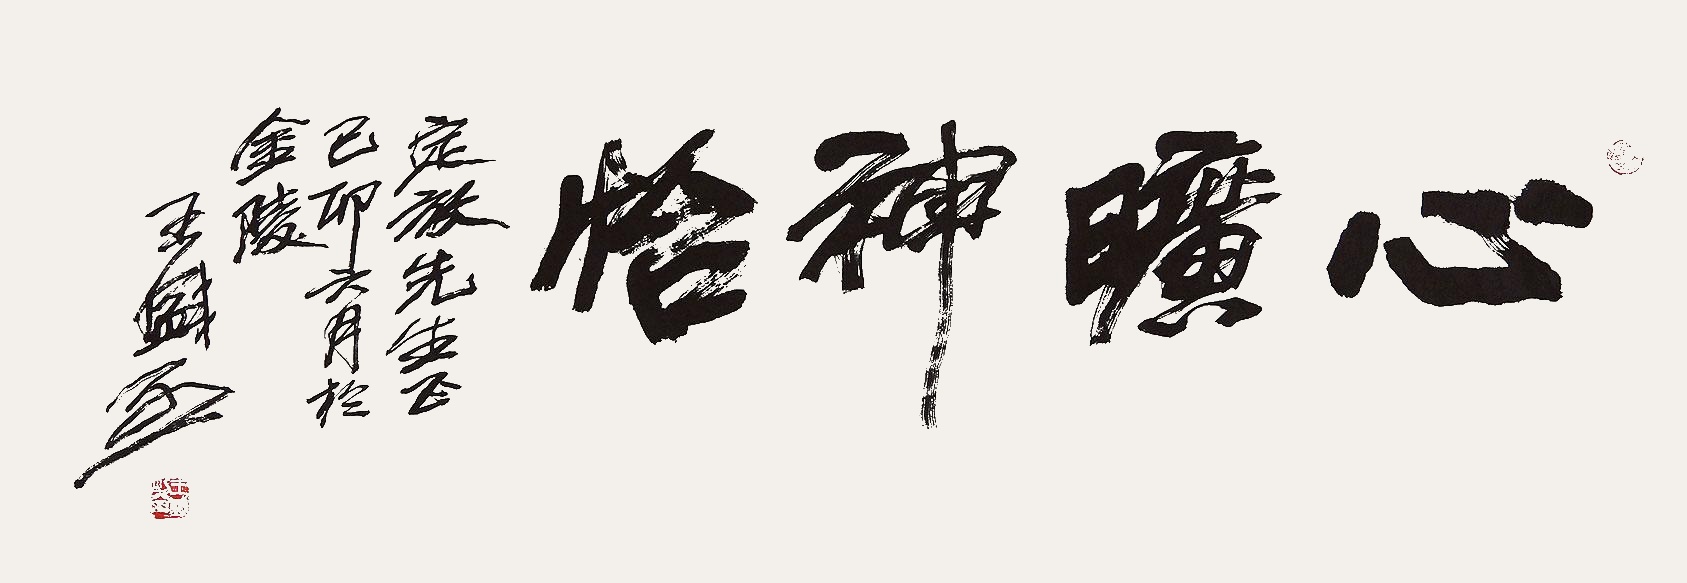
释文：心旷神怡定放先生正，乙卯六月于金陵，王盛烈。